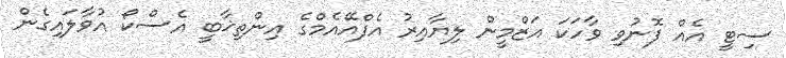
ސިޓީ އެއް ފޮނުވި ވާހަކަ އަޒްމީން ލިޔާއިރު އެފްއޭއެމްގެ އިންތިޚާބީ އެސްކޯ އުވާލައިގެން